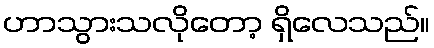
ဟာသွားသလိုတော့ ရှိလေသည်။